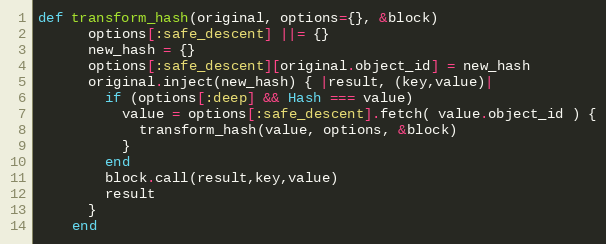
Language: Ruby
def transform_hash(original, options={}, &block)
      options[:safe_descent] ||= {}
      new_hash = {}
      options[:safe_descent][original.object_id] = new_hash
      original.inject(new_hash) { |result, (key,value)|
        if (options[:deep] && Hash === value)
          value = options[:safe_descent].fetch( value.object_id ) {
            transform_hash(value, options, &block)
          }
        end
        block.call(result,key,value)
        result
      }
    end